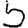
Digit: 5